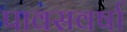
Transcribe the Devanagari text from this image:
पावसवर्षा